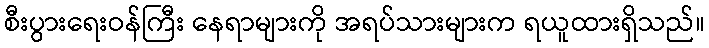
စီးပွားရေးဝန်ကြီး နေရာများကို အရပ်သားများက ရယူထားရှိသည်။